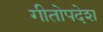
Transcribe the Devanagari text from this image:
गीतोपदेश